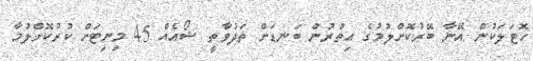
ހޮޓަލަކުން އޭނާ ބޭރުކޮށްލުމުގެ އިތުރުން ބަނޑަށް ތަދުވާތީ ޝޯއެއް 45 މިނިޓަށް ކުރުކޮށްލުމާ